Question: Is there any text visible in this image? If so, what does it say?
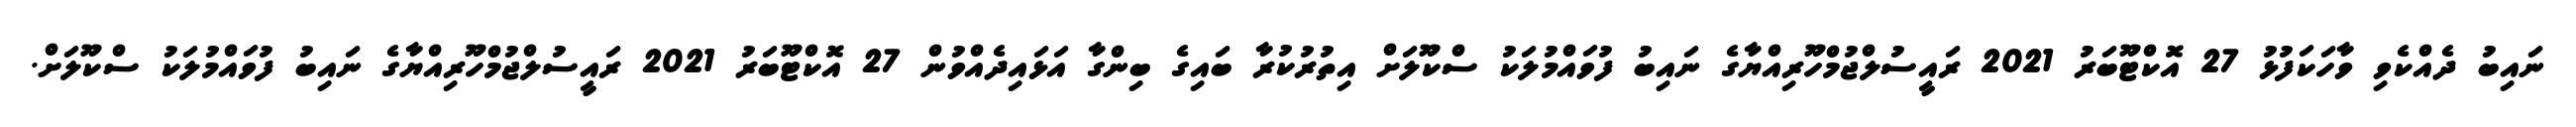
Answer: ނައިބު ދެއްކެވި ވާހަކަފުޅު 27 އޮކްޓޫބަރު 2021 ރައީސުލްޖުމްހޫރިއްޔާގެ ނައިބު ފުވައްމުލަކު ސްކޫލަށް އިތުރުކުރާ ބައިގެ ބިންގާ އަޅައިދެއްވުން 27 އޮކްޓޫބަރު 2021 ރައީސުލްޖުމްހޫރިއްޔާގެ ނައިބު ފުވައްމުލަކު ސްކޫލަށް.